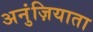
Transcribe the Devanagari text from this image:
अनुंज़ियाता